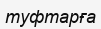
туфтарға